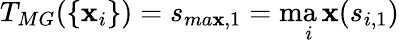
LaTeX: T_{MG}(\{ \mathbf{x}_{i}\} )=s_{ma\mathbf{x},1}=\operatorname*{ma\mathbf{x}}_{i}(s_{i,1})